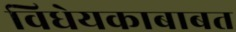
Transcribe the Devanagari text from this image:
विधेयकाबाबत